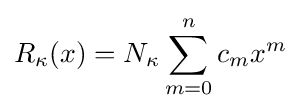
R_{\kappa }(x)=N_{\kappa }\sum _{m=0}^{n}c_{m}x^{m}